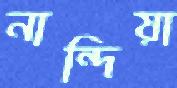
নান্দিয়া